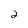
Character: 2